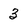
Character: 3